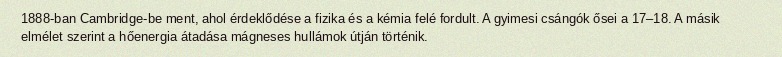
1888-ban Cambridge-be ment, ahol érdeklődése a fizika és a kémia felé fordult. A gyimesi csángók ősei a 17–18. A másik elmélet szerint a hőenergia átadása mágneses hullámok útján történik.